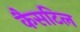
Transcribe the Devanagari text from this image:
कैसटिल